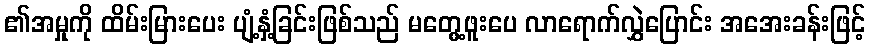
၏အမှုကို ထိမ်းမြားပေး ပျံ့နှံ့ခြင်းဖြစ်သည် မတွေ့ဖူးပေ လာရောက်လွှဲပြောင်း အအေးခန်းဖြင့်